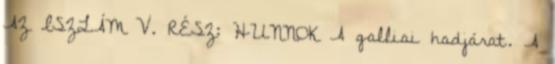
AZ ISZLÁM V. RÉSZ: HUNNOK A galliai hadjárat. A